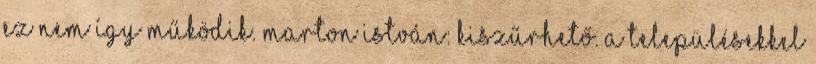
ez nem így működik. Marton István: Kiszűrhető. A településekkel